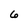
Character: 6